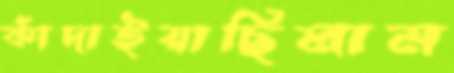
কাঁদাইয়াছিলাম